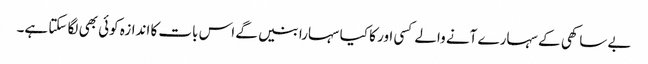
بے ساکھی کے سہارے آنے والے کسی اور کا کیا سہارا بنیں گے اس بات کا اندازہ کوئی بھی لگا سکتا ہے۔